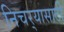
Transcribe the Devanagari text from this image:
निचर्‍यासाठी